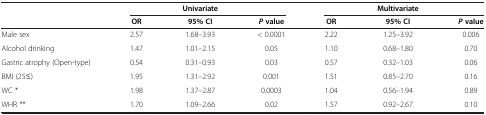
|  | <COLSPAN=3> Univariate | <COLSPAN=3> Multivariate |
 |  | OR | 95% CI | P value | OR | 95% CI | P value |
 | --- | --- | --- | --- | --- | --- | --- |
 | Male sex | 2.57 | 1.68–3.93 | < 0.0001 | 2.22 | 1.25–3.92 | 0.006 |
 | Alcohol drinking | 1.47 | 1.01–2.15 | 0.05 | 1.10 | 0.68–1.80 | 0.70 |
 | Gastric atrophy (Open-type) | 0.54 | 0.31–0.93 | 0.03 | 0.57 | 0.32–1.03 | 0.06 |
 | BMI (25≤) | 1.95 | 1.31–2.92 | 0.001 | 1.51 | 0.85–2.70 | 0.16 |
 | WC * | 1.98 | 1.37–2.87 | 0.0003 | 1.04 | 0.56–1.94 | 0.89 |
 | WHR ** | 1.70 | 1.09–2.66 | 0.02 | 1.57 | 0.92–2.67 | 0.10 |